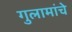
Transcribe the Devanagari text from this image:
गुलामांचे